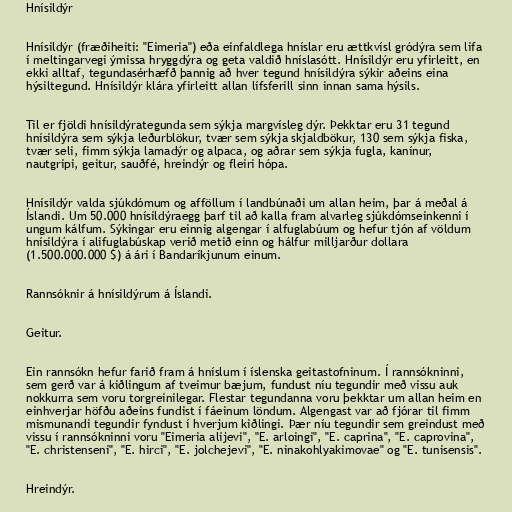
Hnísildýr

Hnísildýr (fræðiheiti: "Eimeria") eða einfaldlega hníslar eru ættkvísl gródýra sem lifa
í meltingarvegi ýmissa hryggdýra og geta valdið hníslasótt. Hnísildýr eru yfirleitt, en
ekki alltaf, tegundasérhæfð þannig að hver tegund hnísildýra sýkir aðeins eina
hýsiltegund. Hnísildýr klára yfirleitt allan lífsferill sinn innan sama hýsils.

Til er fjöldi hnísildýrategunda sem sýkja margvísleg dýr. Þekktar eru 31 tegund
hnísildýra sem sýkja leðurblökur, tvær sem sýkja skjaldbökur, 130 sem sýkja fiska,
tvær seli, fimm sýkja lamadýr og alpaca, og aðrar sem sýkja fugla, kanínur,
nautgripi, geitur, sauðfé, hreindýr og fleiri hópa.

Hnísildýr valda sjúkdómum og afföllum í landbúnaði um allan heim, þar á meðal á
Íslandi. Um 50.000 hnísildýraegg þarf til að kalla fram alvarleg sjúkdómseinkenni í
ungum kálfum. Sýkingar eru einnig algengar í alfuglabúum og hefur tjón af völdum
hnísildýra í alifuglabúskap verið metið einn og hálfur milljarður dollara
(1.500.000.000 $) á ári í Bandaríkjunum einum.

Rannsóknir á hnísildýrum á Íslandi.

Geitur.

Ein rannsókn hefur farið fram á hníslum í íslenska geitastofninum. Í rannsókninni,
sem gerð var á kiðlingum af tveimur bæjum, fundust níu tegundir með vissu auk
nokkurra sem voru torgreinilegar. Flestar tegundanna voru þekktar um allan heim en
einhverjar höfðu aðeins fundist í fáeinum löndum. Algengast var að fjórar til fimm
mismunandi tegundir fyndust í hverjum kiðlingi. Þær níu tegundir sem greindust með
vissu í rannsókninni voru "Eimeria alijevi", "E. arloingi", "E. caprina", "E. caprovina",
"E. christenseni", "E. hirci", "E. jolchejevi", "E. ninakohlyakimovae" og "E. tunisensis".

Hreindýr.